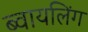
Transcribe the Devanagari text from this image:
ब्वायलिंग